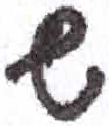
אות: ש